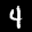
Label: 4